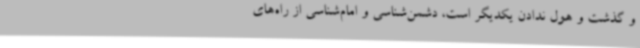
و گذشت و هول ندادن یکدیگر است، دشمن‌شناسی و امام‌شناسی از راه‌های